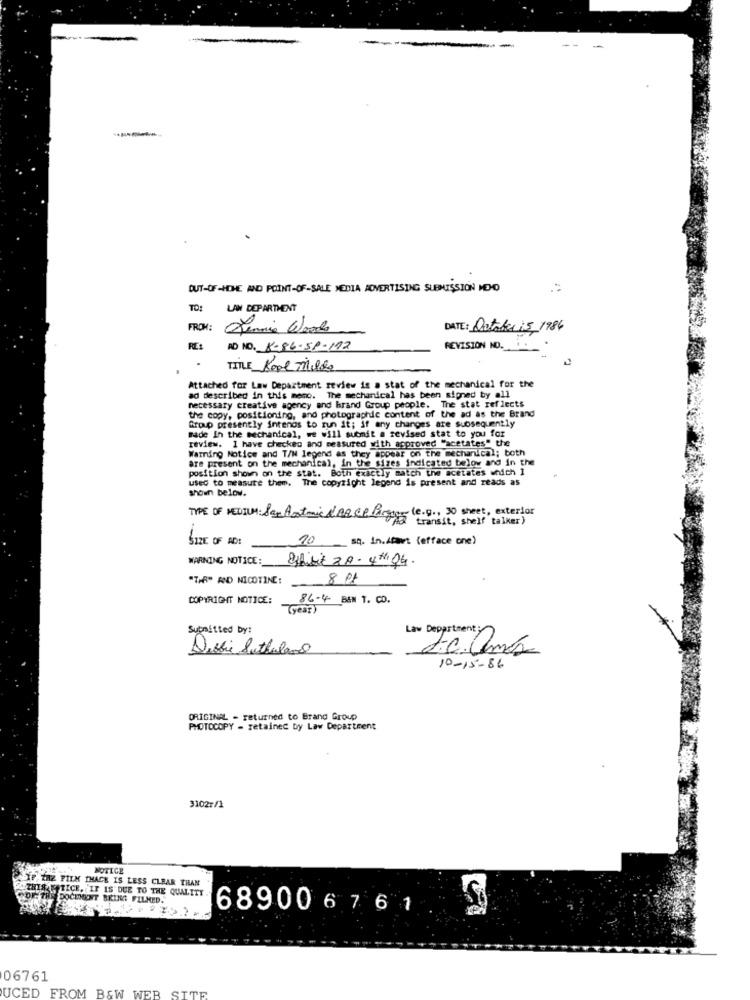
------
OUT-OF-HOME AND POINT-OF-SALE MEDIA ADVERTISING SUBMISSION MEDIO
TO:
LAN DEPARTMENT
FROM:
Tennis Woods
DATE: October 15/1986
AD NO. 18-86-51-192
REVISION NO ...
TITLE Bool Miles
Attached for Law Department review is a stat of the mechanical for the
ad described in this memo. The mechanical has been signed by all
necessary creative agency and hrand Group people. The stat reflects
the copy, positioning, and photographic content of the ad as the Brand
Group presently intends to run it; if any changes are subsequently
made in the mechanical, we will submit a revised stat to you for
review. I have checked and measured with approved "acetates" the
Warring Notice and T/W legend as they appear on the mechanical; both
are present on the mechanical, in the sizes indicated below and in the
position shown on the stat. Both exactly match the acetates which 1
used to measure them. The copyright legend is present and reads as
shown below.
TYPE OF MEDIUM: Sam Astmic & AR Ce finger (e.g ., 30 sheet, exterior
transit, shelf talker)
SIZE OF AD!
10
sq. In.Afat (efface one)
WARNING NOTICE :_
Offibit ZA- 4th Q4.
"TAR" AND NICOTINE:
8 Pt
COPYRIGHT NOTICE:
86-4 BIN T. CO.
(year)
Submitted by:
Law Department
Debbie Sutherland
10-15-86
ORIGINAL - returned to Brand Group
PHOTOCOPY - retained by Law Department
3102r/1
NOTICE
THIS TICE, 'IF IS DUE TO THE QUALITY
XP. THE FILM THACK IS LESS CLEAR THAN
DF. THE DOCHONT BRING FILMED."
689006 7 6 1
06761
UCED FROM B&W WEB SITE